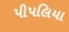
પીપલિયા